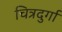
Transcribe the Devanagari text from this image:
चित्रदुर्गा